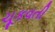
ચૂકવતી